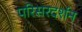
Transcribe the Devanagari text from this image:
परिसरदर्शन